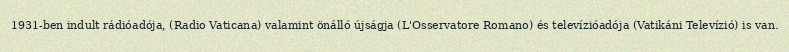
1931-ben indult rádióadója, (Radio Vaticana) valamint önálló újságja (L'Osservatore Romano) és televízióadója (Vatikáni Televízió) is van.